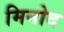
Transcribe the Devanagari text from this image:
मिनोद